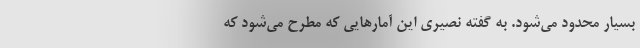
بسیار محدود می‌شود. به گفته نصیری این آمارهایی که مطرح می‌شود که